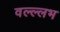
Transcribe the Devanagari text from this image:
वल्ल्लभ